Notes on vaccination in the North-West Frontier Province 1923-1928 - 1923-1928
Year: 1923
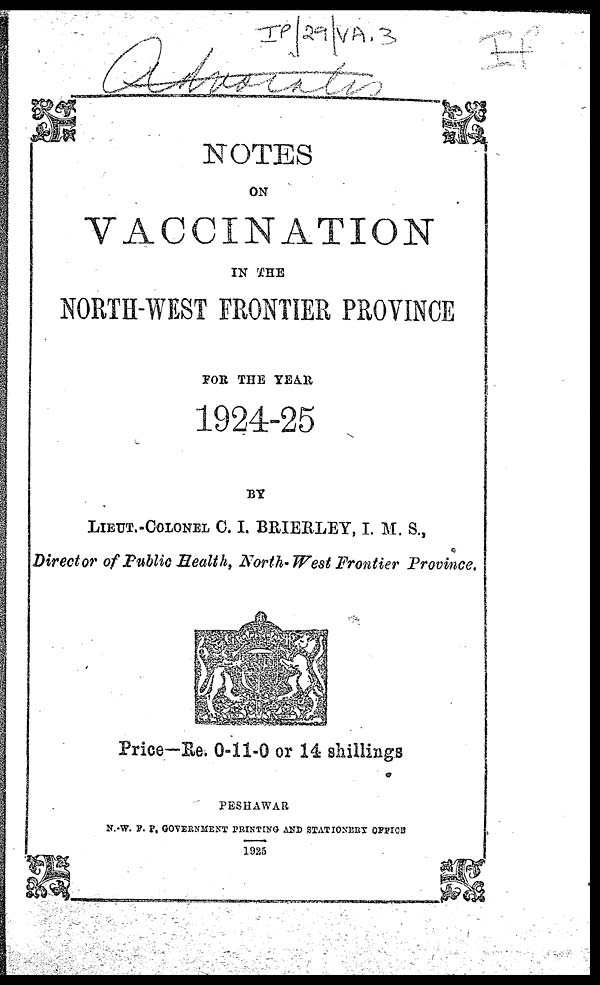
NOTES
ON
VACCINATION
IN THE
NORTH-WEST FRONTIER PROVINCE
FOR THE YEAR
1924-25
BY
LIEUT.-COLONEL C.I. BRIERLEY, I. M. S.,
Director of Public Health, North-West Frontier Province.
Price-Re. 0-11-0 or 14 shillings
PESHAWAR
N.-W. F. P. GOVERNMENT PRINTING AND STATIONERY OFFICE
1925